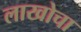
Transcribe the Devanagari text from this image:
लाखोचा